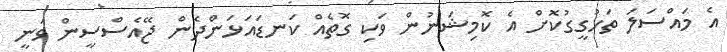
އެ މައްސަލަ ތަހުގީގުކޮށް އެ ކޮމިޝަނުން ވަކި ގޮތެއް ކަނޑައަޅަންދެން ޖޭއެސްސީން ވަނީ